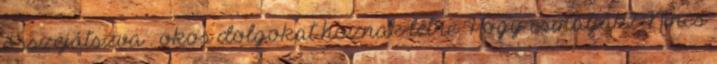
összejátszva . okos dolgokat hoznak létre Hogy csinálják? Nincs